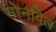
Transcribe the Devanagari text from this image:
गोनविल